Indian Medical Review
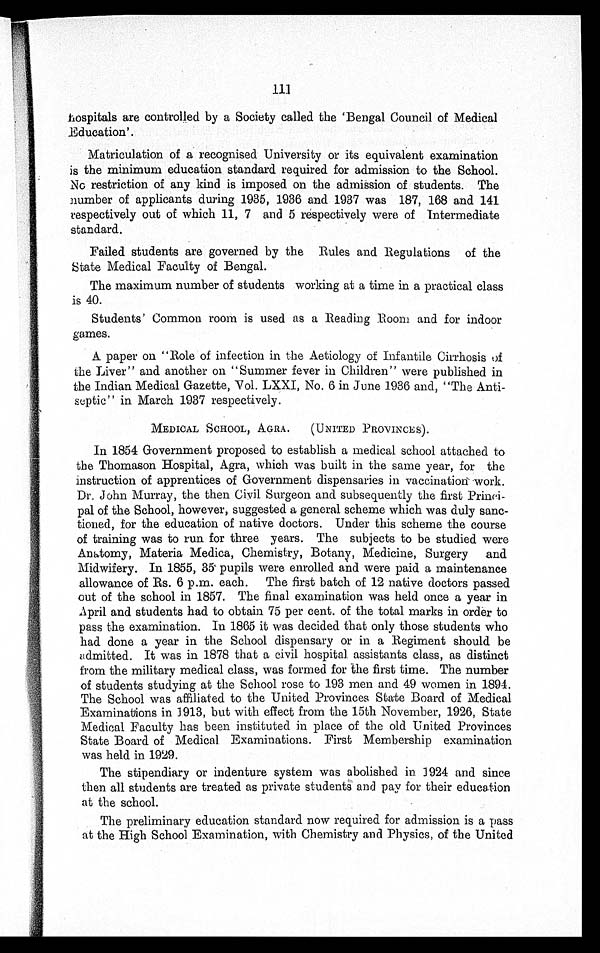
111
hospitals are controlled by a Society called the 'Bengal Council of Medical
Education'.
Matriculation of a recognised University or its equivalent examination
is the minimum education standard required for admission to the School.
No restriction of any kind is imposed on the admission of students. The
number of applicants during 1935, 1936 and 1937 was 187, 168 and 141
respectively out of which 11, 7 and 5 respectively were of Intermediate
standard.
Failed students are governed by the Rules and Regulations of the
State Medical Faculty of Bengal.
The maximum number of students working at a time in a practical class
is 40.
Students' Common room is used as a Reading Boom and for indoor
games.
A paper on "Role of infection in the Aetiology of Infantile Cirrhosis of
the Liver" and another on "Summer fever in Children" were published in
the Indian Medical Gazette, Vol. LXXI, No. 6 in June 1936 and, "The Anti-
septic" in March 1937 respectively.
MEDICAL SCHOOL, AGRA. (UNITED PROVINCES).
In 1854 Government proposed to establish a medical school attached to
the Thomason Hospital, Agra, which was built in the same year, for the
instruction of apprentices of Government dispensaries in vaccination work.
Dr. John Murray, the then Civil Surgeon and subsequently the first Princi-
pal of the School, however, suggested a general scheme which was duly sanc-
tioned, for the education of native doctors. Under this scheme the course
of training was to run for three years. The subjects to be studied were
Anatomy, Materia Medica, Chemistry, Botany, Medicine, Surgery and
Midwifery. In 1855, 35 pupils were enrolled and were paid a maintenance
allowance of Rs. 6 p.m. each. The first batch of 12 native doctors passed
out of the school in 1857. The final examination was held once a year in
April and students had to obtain 75 per cent. of the total marks in order to
pass the examination. In 1865 it was decided that only those students who
had done a year in the School dispensary or in a Regiment should be
admitted. It was in 1878 that a civil hospital. assistants class, as distinct
from the military medical class, was formed for the first time. The number
of students studying at the School rose to 193 men and 49 women in 1894.
The School was affiliated to the United Provinces State Board of Medical
Examinations in 1913, but with effect from the 15th November, 1926, State
Medical Faculty has been instituted in place of the old United Provinces
State Board of Medical Examinations. First Membership examination
was held in 1929.
The stipendiary or indenture system was abolished in 1924 and since
then all students are treated as private students and pay for their education
at the school.
The preliminary education standard now required for admission is a pass
at the High School Examination, with Chemistry and Physics, of the United